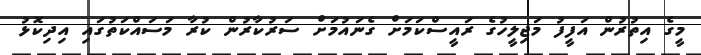
މީގެ އިތުރުން އަފީފު މަޖިލީހުގެ ރައީސްކަމަށް ގެނައުމަށް ސަރުކާރުން ކުރާ މަސައްކަތުގައި އިދިކޮޅު